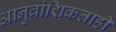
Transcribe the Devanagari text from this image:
आनुवांशिकताही